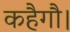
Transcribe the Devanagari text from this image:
कहैगौ।